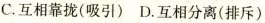
C.互相靠拢(吸引) D.互相分离(排斥)